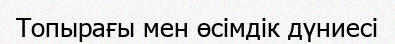
Топырағы мен өсімдік дүниесі